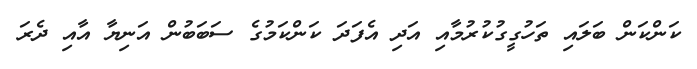
ކަންކަން ބަލައި ތަހުގީގުކުރުމާއި އަދި އެފަދަ ކަންކަމުގެ ސަބަބުން އަނިޔާ އާއި ދެރަ